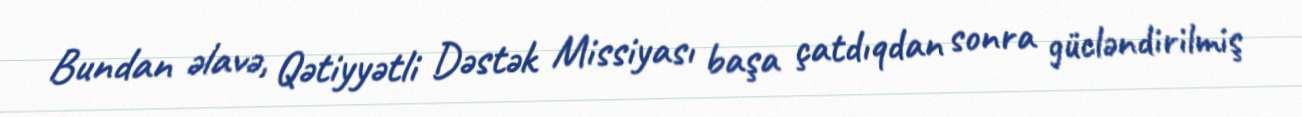
Bundan əlavə, Qətiyyətli Dəstək Missiyası başa çatdıqdan sonra gücləndirilmiş